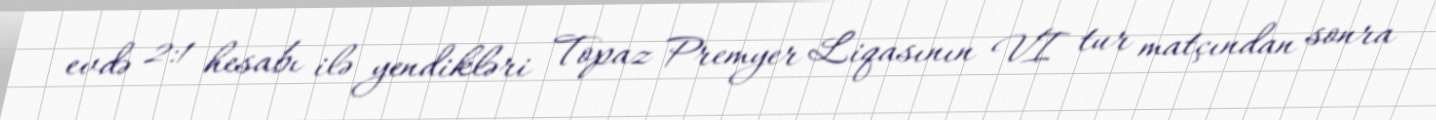
evdə 2:1 hesabı ilə yendikləri Topaz Premyer Liqasının VI tur matçından sonra